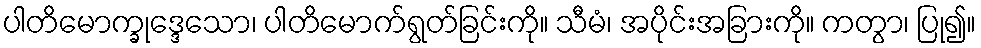
ပါတိမောက္ခုဒ္ဒေသော၊ ပါတိမောက်ရွတ်ခြင်းကို။ သီမံ၊ အပိုင်းအခြားကို။ ကတွာ၊ ပြု၍။